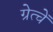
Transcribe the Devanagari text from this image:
ग्रेत्चें